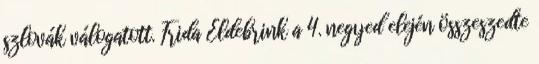
szlovák válogatott. Frida Eldebrink a 4. negyed elején összeszedte